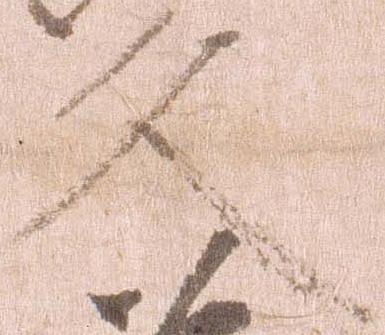
久